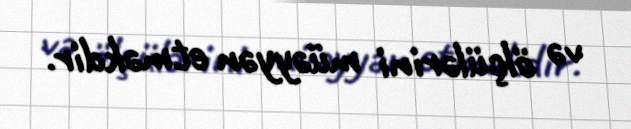
və ölçülərini müəyyən etməkdir.